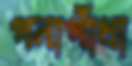
গনাগাঁথা